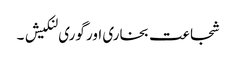
شجاعت بخاری اور گوری لنکیش ۔